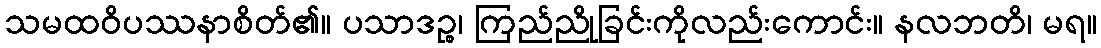
သမထဝိပဿနာစိတ်၏။ ပသာဒဉ္စ၊ ကြည်ညိုခြင်းကိုလည်းကောင်း။ နလဘတိ၊ မရ။